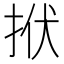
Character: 𢫯